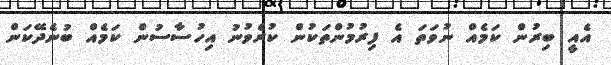
އެއީ ބިރުން ކަމެއް ނުވަތަ އެ ފިރުމުންތަކުން ކުރެވުނު އިހުސާސުން ކަމެއް ބުނެދޭކަން